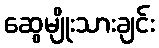
ဆွေမျိုးသားချင်း